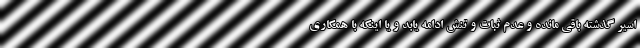
اسیر گذشته باقی مانده و عدم ثبات و تنش ادامه یابد و یا اینکه با همکاری